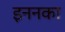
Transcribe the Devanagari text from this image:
इननका